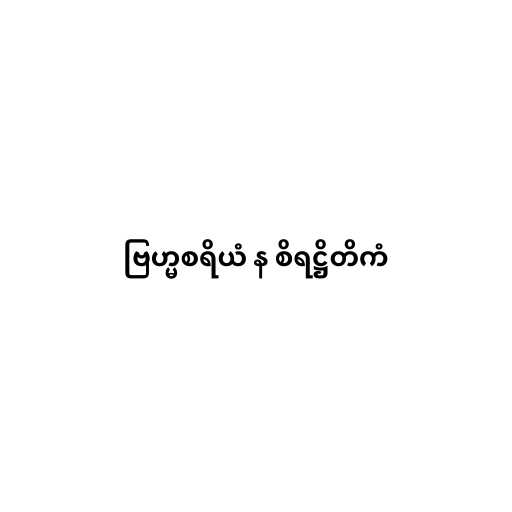
ဗြဟ္မစရိယံ န စိရဋ္ဌိတိကံ